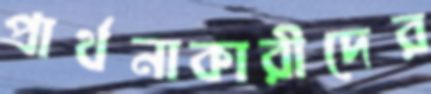
প্রার্থনাকারীদের